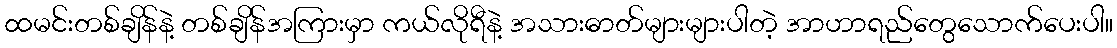
ထမင်းတစ်ချိန်နဲ့ တစ်ချိန်အကြားမှာ ကယ်လိုရီနဲ့ အသားဓာတ်များများပါတဲ့ အာဟာရည်တွေသောက်ပေးပါ။